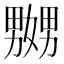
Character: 嬲